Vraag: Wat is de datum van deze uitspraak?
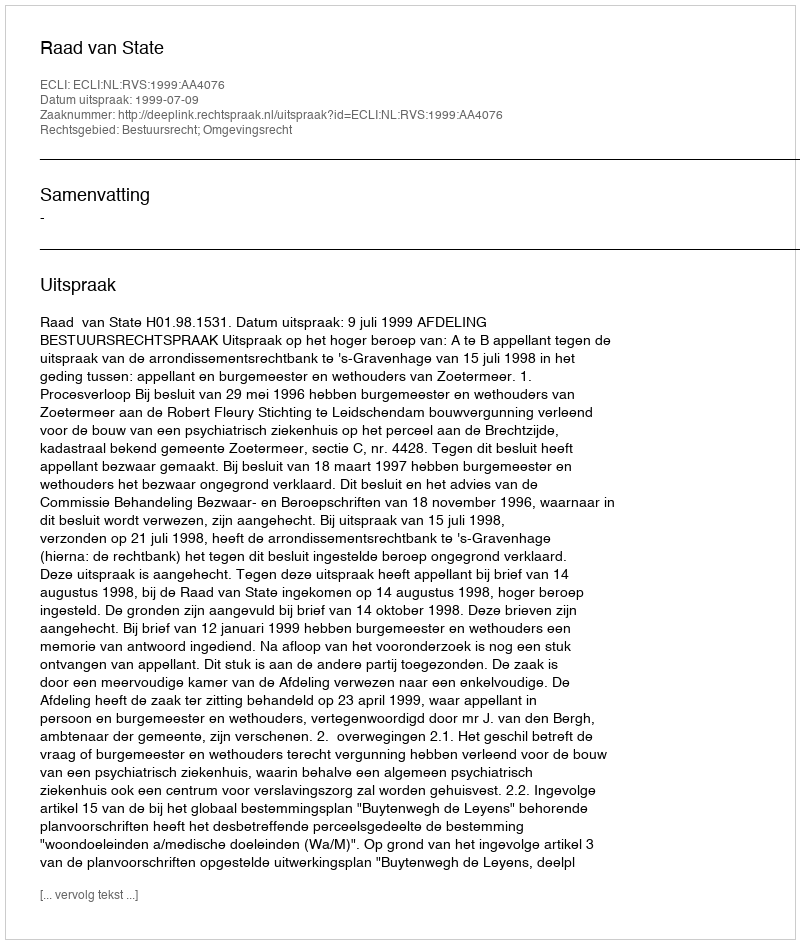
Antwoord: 1999-07-09